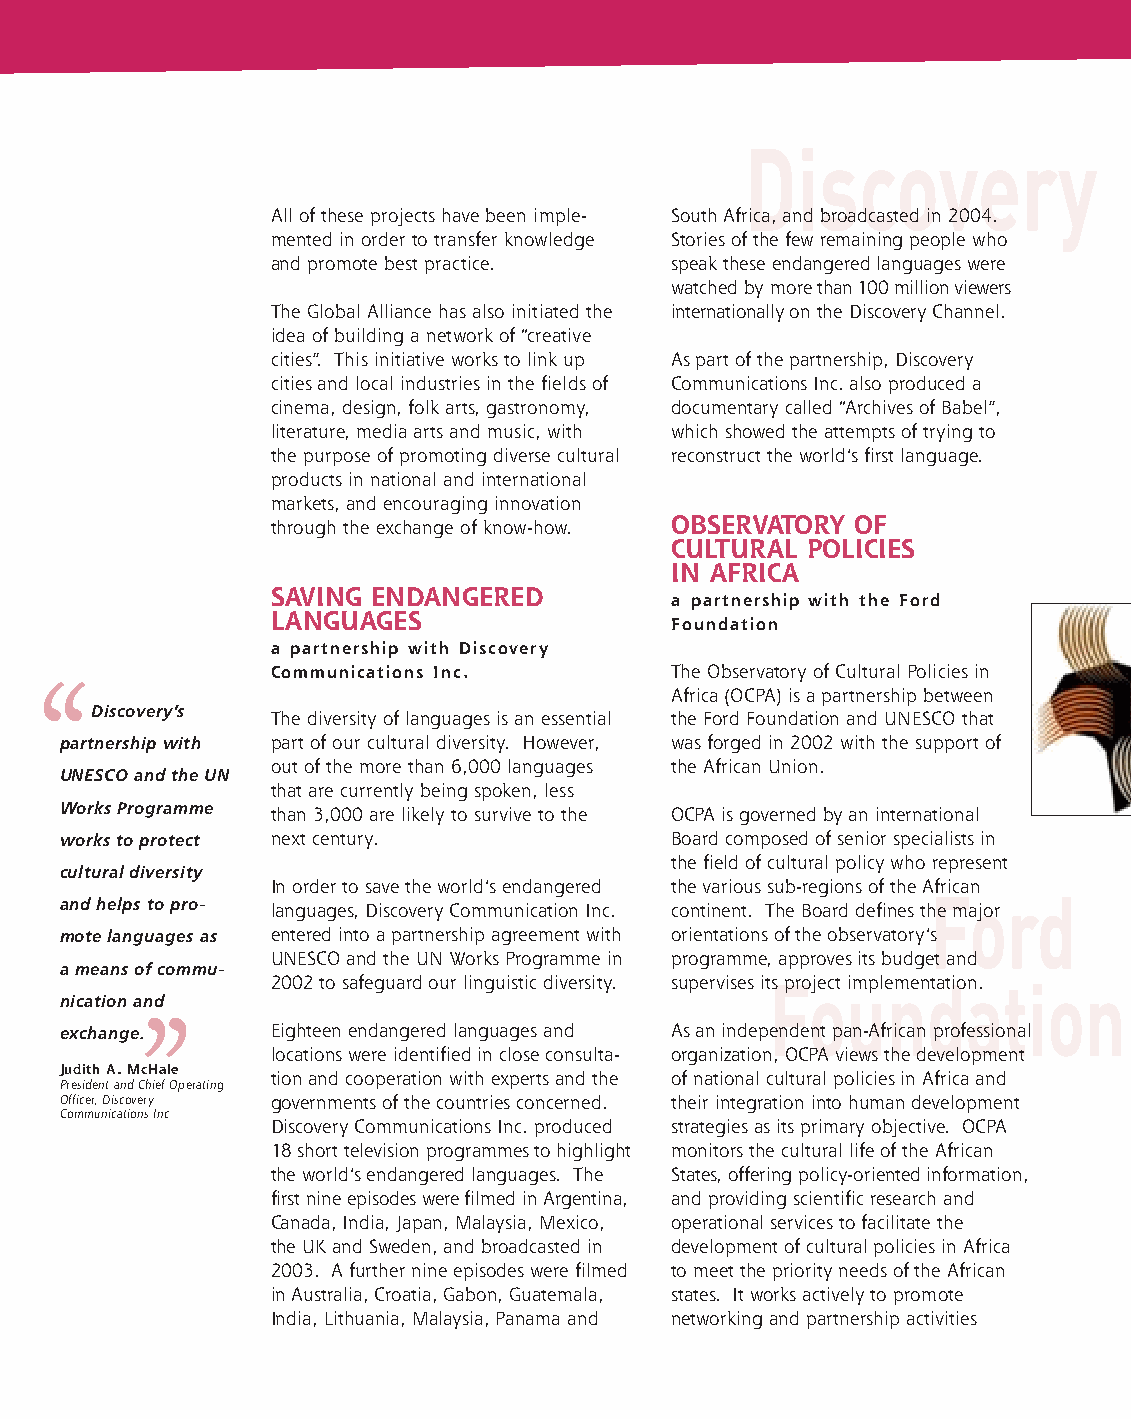
fiche Culture_3 volets_UK 1/11/06 16:42 Page 2
 Discovery
 All of these projects have been imple- South Africa, and broadcasted in 2004.
 mented in order to transfer knowledge Stories of the few remaining people who
 and promote best practice. speak these endangered languages were
 watched by more than 100 million viewers
 The Global Alliance has also initiated the internationally on the Discovery Channel.
 idea of building a network of “creative
 cities”. This initiative works to link up As part of the partnership, Discovery
 cities and local industries in the fields of Communications Inc. also produced a
 cinema, design, folk arts, gastronomy, documentary called “Archives of Babel”,
 literature, media arts and music, with which showed the attempts of trying to
 the purpose of promoting diverse cultural reconstruct the world’s first language.
 products in national and international
 markets, and encouraging innovation
 through the exchange of know-how. OBSERVATORY OF
 CULTURAL POLICIES
 IN AFRICA
 SAVING ENDANGERED
 a partnership with the Ford
 LANGUAGES
 Foundation
 a partnership with Discovery
 Communications Inc.        The Observatory of Cultural Policies in
 ‘‘
 Africa (OCPA) is a partnership between
 Discovery’s
 The diversity of languages is an essential the Ford Foundation and UNESCO that
 partnership with part of our cultural diversity. However, was forged in 2002 with the support of
 out of the more than 6,000 languages the African Union.
 UNESCO and the UN
 that are currently being spoken, less
 Works Programme
 than 3,000 are likely to survive to the OCPA is governed by an international
 works to protect next century.           Board composed of senior specialists in
 the field of cultural policy who represent
 cultural diversity
 In order to save the world’s endangered the various sub-regions of the African
 Ford
 and helps to pro- languages, Discovery Communication Inc. continent. The Board defines the major
 mote languages as entered into a partnership agreement with orientations of the observatory’s
 UNESCO and the UN Works Programme in programme, approves its budget and
 a means of commu-
 2002 to safeguard our linguistic diversity. supervises itFs prooject uimplenmendtatioan. tion
 nication and
 ’’
 exchange.     Eighteen endangered languages and As an independent pan-African professional
 locations were identified in close consulta- organization, OCPA views the development
 Judith A. McHale
 tion and cooperation with experts and the of national cultural policies in Africa and
 President and Chief Operating
 Officer, Discovery governments of the countries concerned. their integration into human development
 Communications Inc
 Discovery Communications Inc. produced strategies as its primary objective. OCPA
 18 short television programmes to highlight monitors the cultural life of the African
 the world’s endangered languages. The States, offering policy-oriented information,
 first nine episodes were filmed in Argentina, and providing scientific research and
 Canada, India, Japan, Malaysia, Mexico, operational services to facilitate the
 the UK and Sweden, and broadcasted in development of cultural policies in Africa
 2003. A further nine episodes were filmed to meet the priority needs of the African
 in Australia, Croatia, Gabon, Guatemala, states. It works actively to promote
 India, Lithuania, Malaysia, Panama and networking and partnership activities